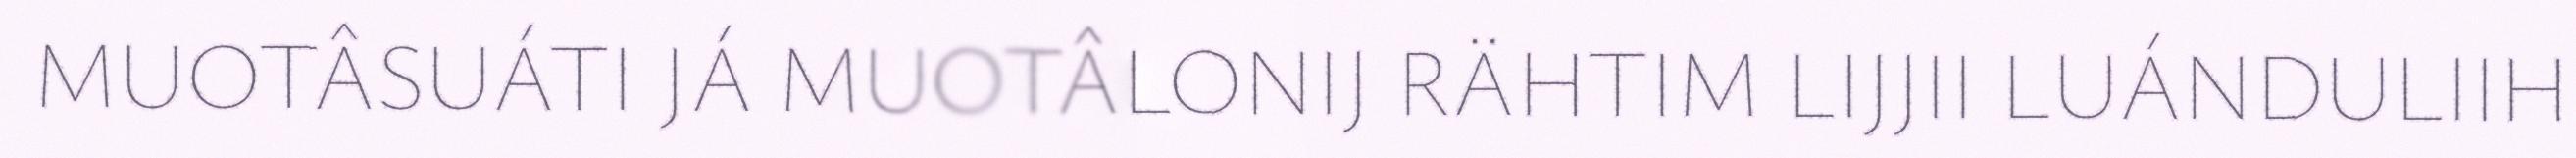
MUOTÂSUÁTI JÁ MUOTÂLONIJ RÄHTIM LIJJII LUÁNDULIIH